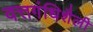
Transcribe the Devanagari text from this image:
वत्तगंधिशैली